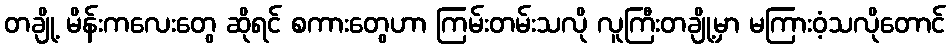
တချို့ မိန်းကလေးတွေ ဆိုရင် စကားတွေဟာ ကြမ်းတမ်းသလို လူကြီးတချို့မှာ မကြားဝံ့သလိုတောင်